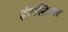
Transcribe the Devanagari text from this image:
इंटस्ट्रियल